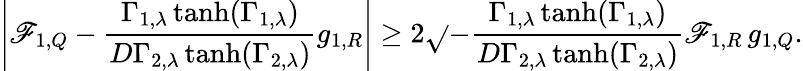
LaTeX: \left|\mathscr{F}_{1,Q}-\frac{{\Gamma_{1,\lambda}\operatorname{tanh}(\Gamma_{1,\lambda})}}{{D\Gamma_{2,\lambda}\operatorname{tanh}(\Gamma_{2,\lambda})}}g_{1,R}\right|\geq2\sqrt{}{{-\frac{{\Gamma_{1,\lambda}\operatorname{tanh}(\Gamma_{1,\lambda})}}{{D\Gamma_{2,\lambda}\operatorname{tanh}(\Gamma_{2,\lambda})}}\mathscr{F}_{1,R}\, g_{1,Q}}}.